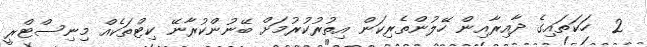
2  ހަކަތައިގެ ދާއިރާއިން ހޭލުންތެރިކަން އިތުރުކުރުމަށް ބޭނުންކުރާނޭ ކިޓްތަކެއް މިނިސްޓްރީ